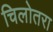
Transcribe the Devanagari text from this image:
चिलोतरा